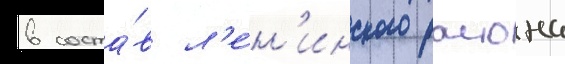
в соста́в л'е́н'инского раиона